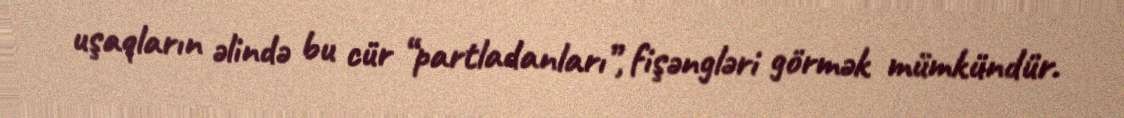
uşaqların əlində bu cür “partladanları”, fişəngləri görmək mümkündür.